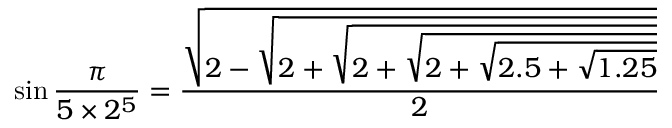
\sin { \frac { \pi } { 5 \times 2 ^ { 5 } } } = { \frac { \sqrt { 2 - { \sqrt { 2 + { \sqrt { 2 + { \sqrt { 2 + { \sqrt { 2 . 5 + { \sqrt { 1 . 2 5 } } } } } } } } } } } } { 2 } }